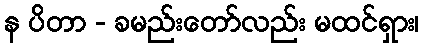
န ပိတာ - ခမည်းတော်လည်း မထင်ရှား၊